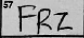
Transcription: FRZ